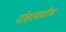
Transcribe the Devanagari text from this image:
दोहामधील